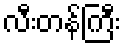
လီးတန်ကြီး